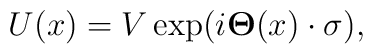
U(x) = V \exp(i{\bf \Theta}(x)\cdot {\bf\sigma}),